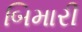
બિમારી